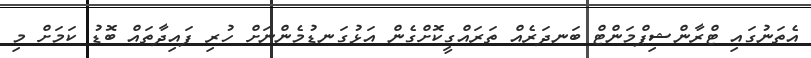
އެތަނުގައި ޓްރާންޝިޕްމަންޓް ބަނދަރެއް ތަރައްގީކޮށްގެން އަޅުގަނޑުމެންނަށް ހުރި ފައިދާތައް ބޮޑު ކަމަށް މި